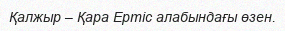
Қалжыр – Қара Ертіс алабындағы өзен.